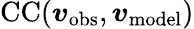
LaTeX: \mathrm{CC}({\boldsymbol{v}}_{\mathrm{obs}},{\boldsymbol{v}}_{\mathrm{model}})